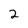
Character: 2